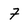
Character: 7